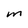
Character: m